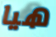
هيا